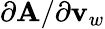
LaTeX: \partial\mathbf{A}/\partial\mathbf{v}_{w}